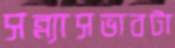
সন্ন্যাসভাবটা